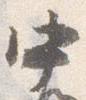
中